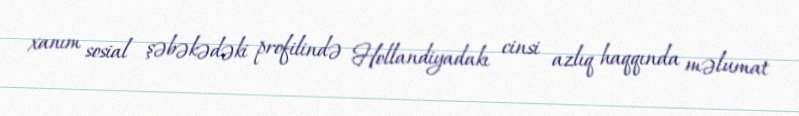
xanım sosial şəbəkədəki profilində Hollandiyadakı cinsi azlıq haqqında məlumat